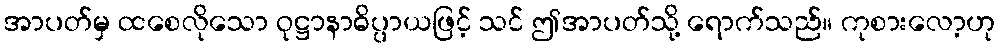
အာပတ်မှ ထစေလိုသော ဝုဋ္ဌာနာဓိပ္ပာယဖြင့် သင် ဤအာပတ်သို့ ရောက်သည်။ ကုစားလော့ဟု